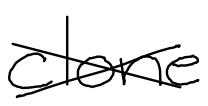
Text: clone
Cross-out: cross
Writing tool: digital_black